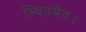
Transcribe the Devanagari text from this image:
स्थितमेव।